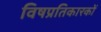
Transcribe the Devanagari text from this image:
विषप्रतिकारकों